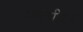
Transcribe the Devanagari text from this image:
शाहपीराचे